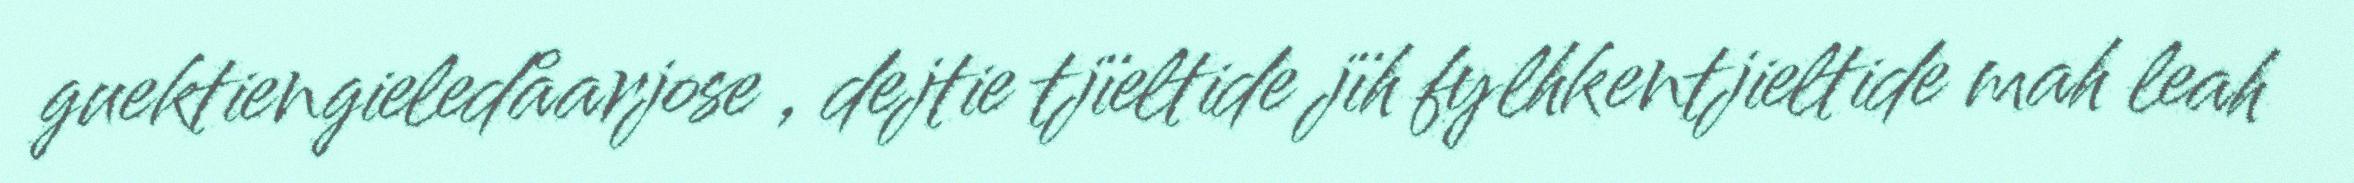
guektiengieledåarjose , dejtie tjïeltide jïh fylhkentjieltide mah leah